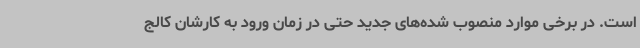
است. در برخی موارد منصوب شده‌های جدید حتی در زمان ورود به کارشان کالج